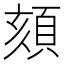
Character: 頦